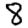
Digit: 8